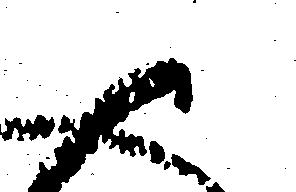
御